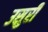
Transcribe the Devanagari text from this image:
उसुरी